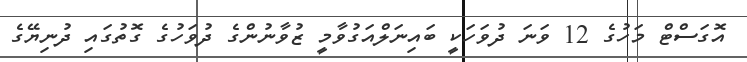
އޮގަސްޓް މަހުގެ 12 ވަނަ ދުވަހަކީ ބައިނަލްއަގުވާމީ ޒުވާނުންގެ ދުވަހުގެ ގޮތުގައި ދުނިޔޭގެ